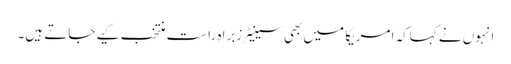
انہوں نے کہاکہ امریکا میں بھی سینیٹرزبراہ راست منتخب کیے جاتے ہیں۔